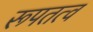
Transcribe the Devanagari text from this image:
रूपतत्व